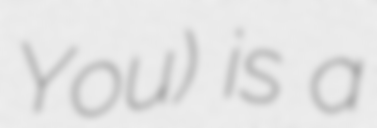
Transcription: You) is a